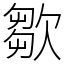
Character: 㱀